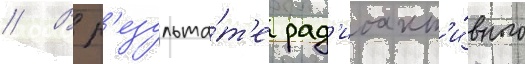
// В р'езульта́т'е рад'иоакт'и́вного